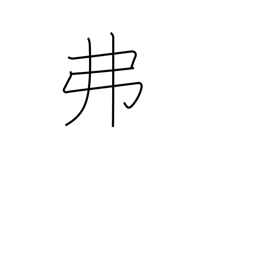
Meaning: dollar